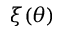
\xi ( \theta )